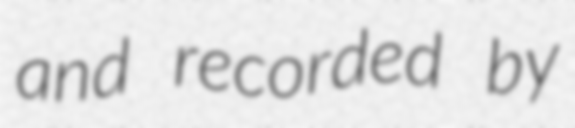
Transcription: and recorded by